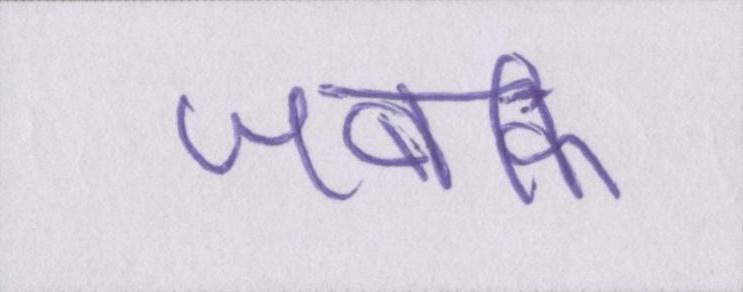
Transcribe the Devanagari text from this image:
जबकि